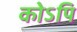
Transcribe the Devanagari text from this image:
कोऽपि